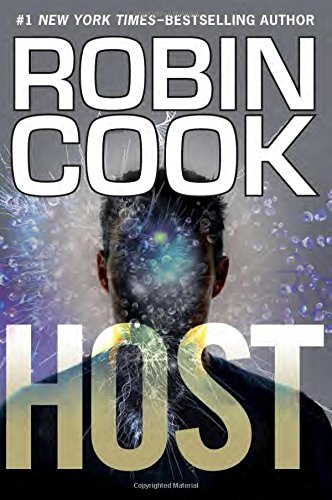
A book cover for Host; Robin Cook; Mystery, Thriller & Suspense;